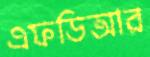
এফডিআর